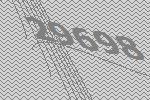
29698